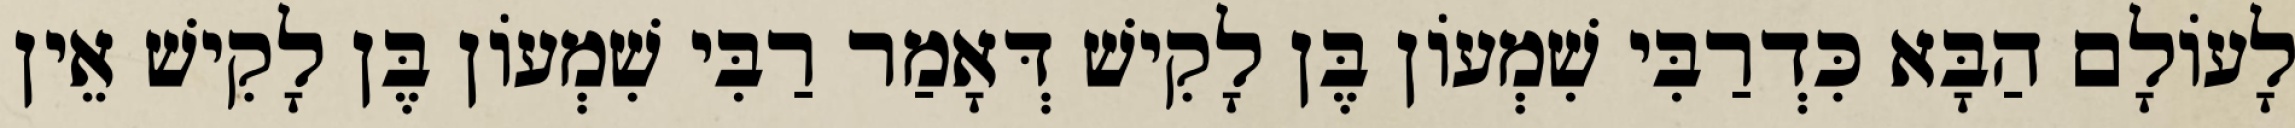
לָעוֹלָם הַבָּא כִּדְרַבִּי שִׁמְעוֹן בֶּן לָקִישׁ דְּאָמַר רַבִּי שִׁמְעוֹן בֶּן לָקִישׁ אֵין